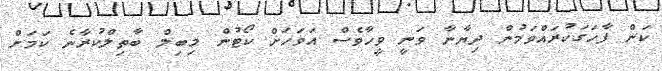
ކަން ފާހަގަކުރައްވަމުން ދިޔާނާ ވަނީ ވީހާވެސް އަވަހަށް ކޯޓުން މިބިލް ބާތިލްކުރާނެ ކަމަށް